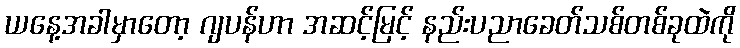
ယနေ့အခါမှာတော့ ဂျပန်ဟာ အဆင့်မြင့် နည်းပညာခေတ်သစ်တစ်ခုထဲကို